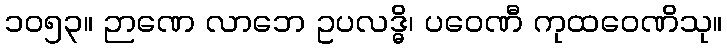
၁၀၅၃။ ဉာဏေ လာဘေ ဥပလဒ္ဓိ၊ ပဝေဏီ ကုထဝေဏိသု။